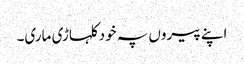
اپنے پیروں پہ خود کلہاڑی ماری۔